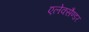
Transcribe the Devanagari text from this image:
एलेक्सैण्डर